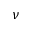
\nu